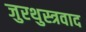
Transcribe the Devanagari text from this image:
जुरथुस्त्रवाद